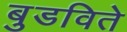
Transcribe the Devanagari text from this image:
बुडविते